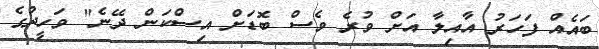
ބައެއް ފަހަރު އާއިލާ އަށް ވުރެ ވެސް ބޮޑަށް އިސްކަން ދޭނެ" ވަހީދުގެ